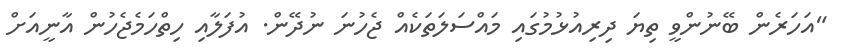
"އަހަރެން ބޭނުންވީ ތިޔަ ދިރިއުޅުމުގައި މައްސަލަތަކެއް ޖެހުނަ ނުދޭން. އުފަލާއި ހިތްހަމެޖެހުން އާނީއަށް